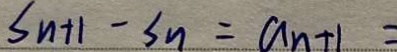
S _ { n + 1 } - S _ { n } = a _ { n + 1 } =